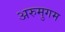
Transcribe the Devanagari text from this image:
अरुमुगम